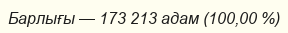
Барлығы — 173 213 адам (100,00 %)